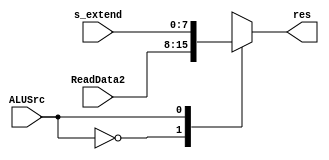
`timescale 1ns / 1ps
module Mux1 (ALUSrc, ReadData2, s_extend, res);

	input ALUSrc;
	input [7:0] ReadData2,s_extend;	
	
	output reg [7:0] res;
	
	always @(ALUSrc, ReadData2, s_extend) begin
		case (ALUSrc)
			0: res = ReadData2;
			1: res = s_extend;
		endcase
	end
endmodule